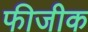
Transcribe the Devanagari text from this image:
फीजीक